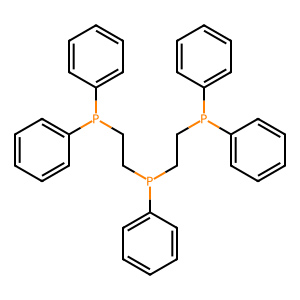
SMILES: c1ccc(P(CCP(c2ccccc2)c2ccccc2)CCP(c2ccccc2)c2ccccc2)cc1
Inhibits HIV replication: No